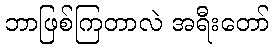
ဘာဖြစ်ကြတာလဲ အရီးတော်